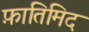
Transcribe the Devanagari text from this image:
फ़ातिमिद